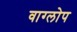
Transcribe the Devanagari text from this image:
वाग्लोप